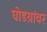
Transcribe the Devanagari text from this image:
घोडय़ांवर